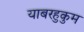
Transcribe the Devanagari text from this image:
याबरहुकुम